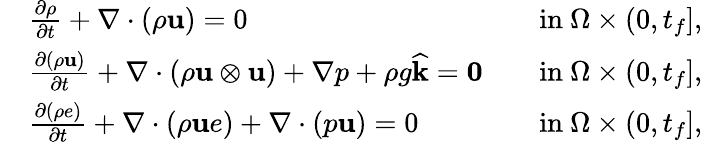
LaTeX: \begin{array}{rlrl}&{\frac{\partial\rho}{\partial t}+\nabla\cdot(\rho\mathbf u)=0}&&{\mathrm{in~}\Omega\times(0,t_{f}],}\\ &{\frac{\partial(\rho\mathbf u)}{\partial t}+\nabla\cdot(\rho\mathbf u\otimes\mathbf u)+\nabla p+\rho g\widehat{\mathbf k}=\boldsymbol{0}}&&{\mathrm{in~}\Omega\times(0,t_{f}],}\\ &{\frac{\partial(\rho e)}{\partial t}+\nabla\cdot(\rho\mathbf ue)+\nabla\cdot(p\mathbf u)=0}&&{\mathrm{in~}\Omega\times(0,t_{f}],}\end{array}